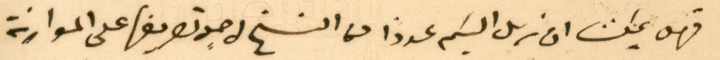
فهل يمكن ان نرسل اليكم عددا منا النسخ لاجل تصريفها على الموارنة